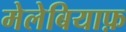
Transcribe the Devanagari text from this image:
मेलेबियाफ़